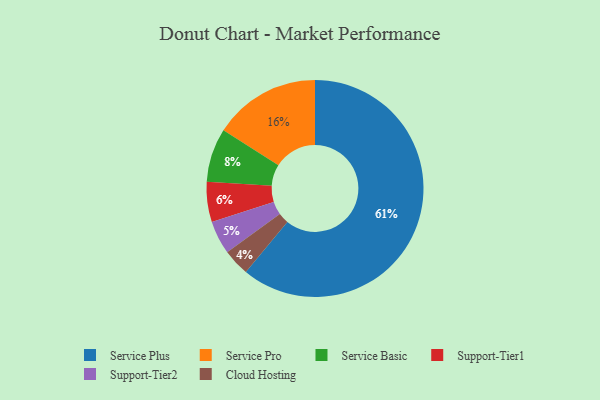
{"axis": {"x": "Category", "y": "Percentage"}, "legend": ["Cloud Hosting", "Service Basic", "Service Plus", "Service Pro", "Support-Tier1", "Support-Tier2"], "data": [{"x": "Service Pro", "y": 16, "type": "Service Pro"}, {"x": "Service Plus", "y": 61, "type": "Service Plus"}, {"x": "Support-Tier2", "y": 5, "type": "Support-Tier2"}, {"x": "Cloud Hosting", "y": 4, "type": "Cloud Hosting"}, {"x": "Support-Tier1", "y": 6, "type": "Support-Tier1"}, {"x": "Service Basic", "y": 8, "type": "Service Basic"}]}